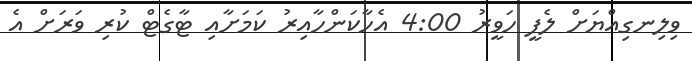
ވިލިނގިއްޔަށް ލެފީ ހަވީރު 4:00 އެހާކަންހާއިރު ކަމަށާއި ޓާގެޓް ކުރި ވަރަށް އެ